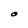
Character: O